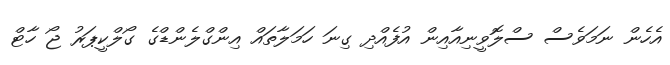
އެހެން ނަމަވެސް ސްލޮވީނިއާއިން އުފެއްދި ގިނަ ހަމަލާތައް އިންގްލެންޑްގެ ގޯލްކީޕަރު ޖޯ ހާޓް